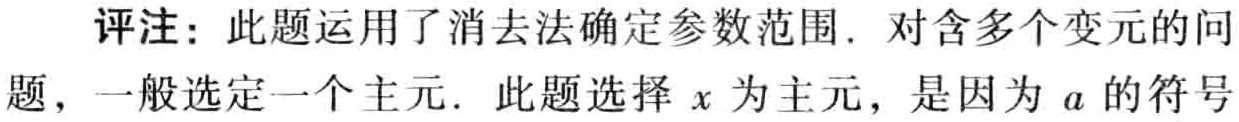
评注：此题运用了消去法确定参数范围. 对含多个变元的问题，一般选定一个主元. 此题选择 \(x\) 为主元，是因为 \(a\) 的符号